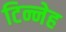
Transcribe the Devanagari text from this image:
टिन्नेह